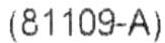
(81109-A)